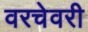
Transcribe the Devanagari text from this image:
वरचेवरी